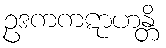
ဥဒကကဋာဟန္တိ